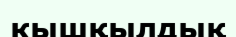
кышқылдық